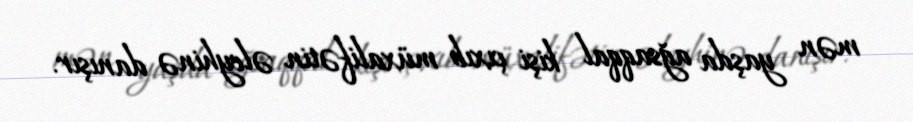
mən yaşda ağsaqqal kişi çıxıb müxalifətin əleyhinə danışır.